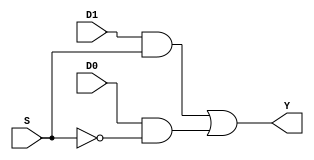
module mux21(input D0, D1, S, output Y);

wire T1;
//T1 = D1(S)
wire T2;
//T2 = D0(S)
wire X;
//X = S' 

and (T1, D1, S);
and (T2, D0, X);
not (X, S);
or (Y, T1, T2);

endmodule